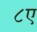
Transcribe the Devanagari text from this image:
८ए